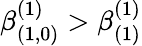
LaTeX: \beta_{(1,0)}^{(1)}>\beta_{(1)}^{(1)}